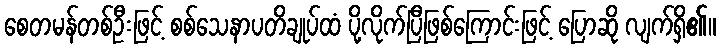
စေတမန်တစ်ဦးဖြင့် စစ်သေနာပတိချုပ်ထံ ပို့လိုက်ပြီဖြစ်ကြောင်းဖြင့် ပြောဆို လျက်ရှိ၏။